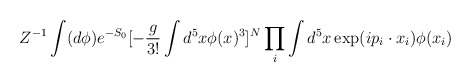
\begin{align*}Z^{-1} \int (d\phi ) e^{-S_0}[-\frac{g}{3!}\int d^5x \phi(x)^3]^N \prod_i \int d^5x \exp (ip_i \cdot x_i) \phi(x_i)\end{align*}